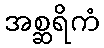
အစ္ဆရိကံ